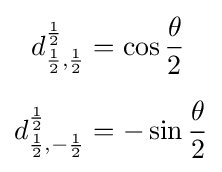
{\begin{aligned}d_{{\frac {1}{2}},{\frac {1}{2}}}^{\frac {1}{2}}&=\cos {\frac {\theta }{2}}\\[6pt]d_{{\frac {1}{2}},-{\frac {1}{2}}}^{\frac {1}{2}}&=-\sin {\frac {\theta }{2}}\end{aligned}}